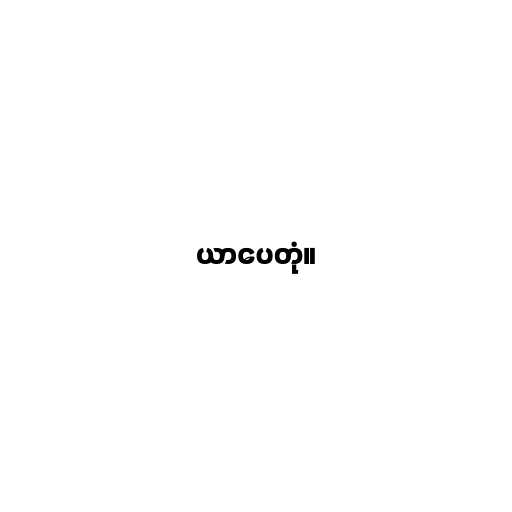
ယာပေတုံ။